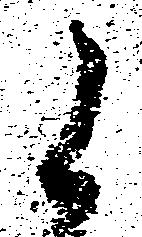
候